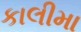
કાલીમા